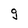
Character: g